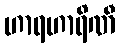
ဟာရဟာရိဏီ